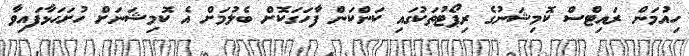
ހިއުމަން ރައިޓްސް ކޮމިޝަނުގެ ރިޕޯޓުތަކުގައި ކަންކަން ފާހަގަކޮށް ބެލުމަށް އެ ކޮމިޝަނަށް ހުށަހަޅާފައިވާ